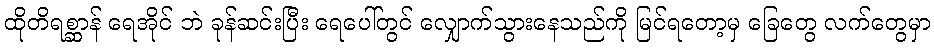
ထိုတိရစ္ဆာန် ရေအိုင် ဘဲ ခုန်ဆင်းပြီး ရေပေါ်တွင် လျှောက်သွားနေသည်ကို မြင်ရတော့မှ ခြေတွေ လက်တွေမှာ